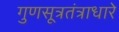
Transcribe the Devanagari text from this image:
गुणसूत्रतंत्राधारे